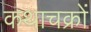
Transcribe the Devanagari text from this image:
कथाचक्रों